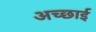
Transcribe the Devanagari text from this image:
अच्‍छाई